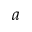
a